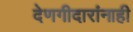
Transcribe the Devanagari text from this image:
देणगीदारांनाही